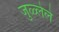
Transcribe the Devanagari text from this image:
जुळ्लेले